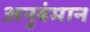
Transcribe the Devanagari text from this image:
अनुबंमान